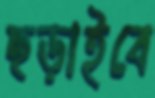
ছড়াইবে